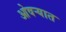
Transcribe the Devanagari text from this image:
ओवर्‍यात